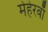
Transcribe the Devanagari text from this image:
मेहेरबाँ